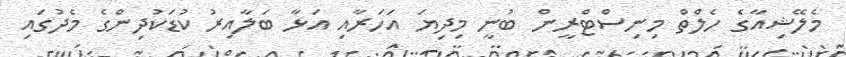
މެލޭޝިއާގެ ހެލްތް މިނިސްޓްރީން ބުނީ މިދިޔަ އަހަރާއި އަޅާ ބަލާއިރު ކުޑަކުދިންގެ މެދުގައި